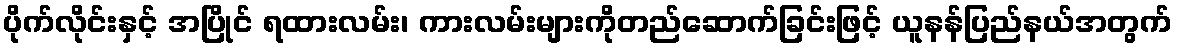
ပိုက်လိုင်းနှင့် အပြိုင် ရထားလမ်း၊ ကားလမ်းများကိုတည်ဆောက်ခြင်းဖြင့် ယူနန်ပြည်နယ်အတွက်